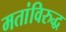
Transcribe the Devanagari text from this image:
मतांविरुद्ध